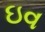
ઇવ